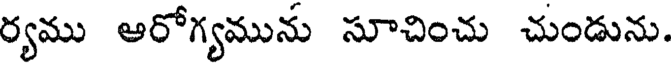
ర్యము అరోగ్యమును సూచించు చుండును.